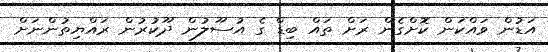
އަޑުން ވައްކަން ކޮށްގެން ރަށް ތައް ބިޑް ގެ އުސޫލުން ދޫކުރުން ރައްޔިތުންނަށް